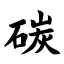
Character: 碳